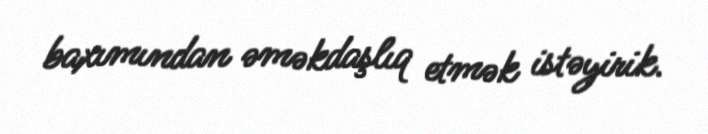
baxımından əməkdaşlıq etmək istəyirik.